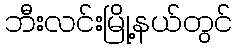
ဘီးလင်းမြို့နယ်တွင်